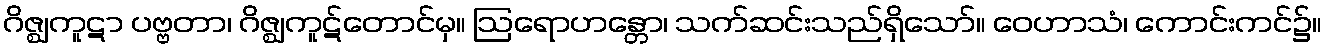
ဂိဇ္ဈကူဋာ ပဗ္ဗတာ၊ ဂိဇ္ဈကူဋ်တောင်မှ။ ဩရောဟန္တော၊ သက်ဆင်းသည်ရှိသော်။ ဝေဟာသံ၊ ကောင်းကင်၌။